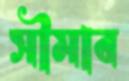
সীমাব